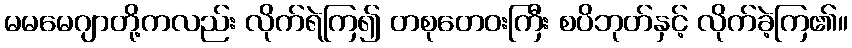
မမမေဂျာတို့ကလည်း လိုက်ရဲကြ၍ တစုတေဝးကြီး စပိဘုတ်နှင့် လိုက်ခဲ့ကြ၏။